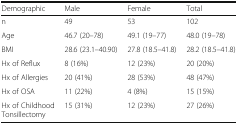
| Demographic | Male | Female | Total |
 | --- | --- | --- | --- |
 | n | 49 | 53 | 102 |
 | Age | 46.7 (20–78) | 49.1 (19–77) | 48.0 (19–78) |
 | BMI | 28.6 (23.1–40.90) | 27.8 (18.5–41.8) | 28.2 (18.5–41.8) |
 | Hx of Reflux | 8 (16%) | 12 (23%) | 20 (20%) |
 | Hx of Allergies | 20 (41%) | 28 (53%) | 48 (47%) |
 | Hx of OSA | 11 (22%) | 4 (8%) | 15 (15%) |
 | Hx of Childhood Tonsillectomy | 15 (31%) | 12 (23%) | 27 (26%) |